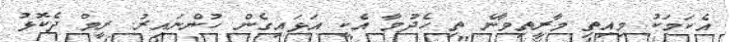
އެކަމަކު މިއިތި މާރީތިވާނެ ތި ހެދުމާ އެކީ އަޅައިގެން ހުންނައިރު. ރީމް ދެކޮޅު